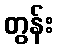
တွန်း